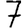
Digit: 7